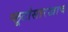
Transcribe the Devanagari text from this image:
प्लूटोसारखाच